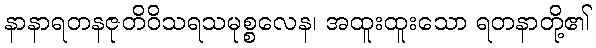
နာနာရတနဇုတိဝိသရသမုစ္စလေန၊ အထူးထူးသော ရတနာတို့၏